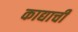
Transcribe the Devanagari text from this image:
काद्याची